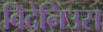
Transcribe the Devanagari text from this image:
विदेनिउस